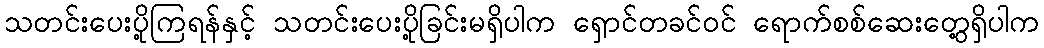
သတင်းပေးပို့ကြရန်နှင့် သတင်းပေးပို့ခြင်းမရှိပါက ရှောင်တခင်ဝင် ရောက်စစ်ဆေးတွေ့ရှိပါက